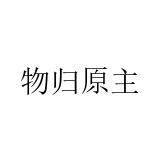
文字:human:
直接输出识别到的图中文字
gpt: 物归原主